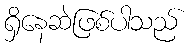
ရှိနေဆဲဖြစ်ပါသည်